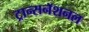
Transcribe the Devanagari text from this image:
ट्रान्सनॅशनल